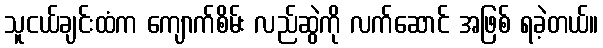
သူငယ်ချင်းထံက ကျောက်စိမ်း လည်ဆွဲကို လက်ဆောင် အဖြစ် ရခဲ့တယ်။